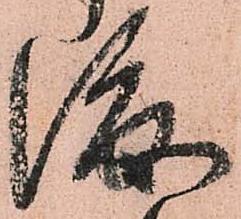
渡